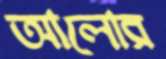
আলোর